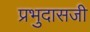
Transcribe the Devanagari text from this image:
प्रभुदासजी